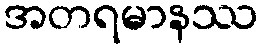
အတရမာနဿ